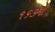
૧૬૩મી